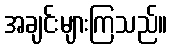
အချင်းများကြသည်။